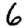
Digit: 6